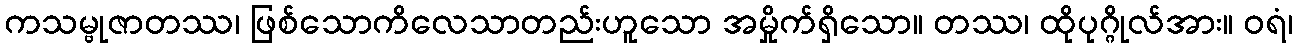
ကသမ္ဗုဇာတဿ၊ ဖြစ်သောကိလေသာတည်းဟူသော အမှိုက်ရှိသော။ တဿ၊ ထိုပုဂ္ဂိုလ်အား။ ဝရံ၊